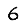
Digit: 6